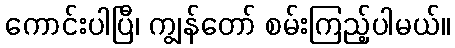
ကောင်းပါပြီ၊ ကျွန်တော် စမ်းကြည့်ပါမယ်။